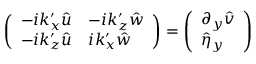
\left( \begin{array} { l l } { - i k _ { x } ^ { \prime } \hat { u } } & { - i k _ { z } ^ { \prime } \hat { w } } \\ { - i k _ { z } ^ { \prime } \hat { u } } & { i k _ { x } ^ { \prime } \hat { w } } \end{array} \right) = \left( \begin{array} { l } { \partial _ { y } \hat { v } } \\ { \hat { \eta } _ { y } } \end{array} \right)